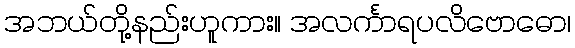
အဘယ်တို့နည်းဟူကား။ အလင်္ကာရပလိဗောဓော၊